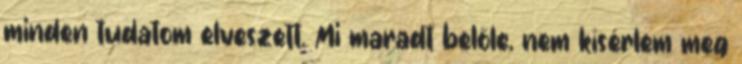
minden tudatom elveszett. Mi maradt belőle, nem kísérlem meg